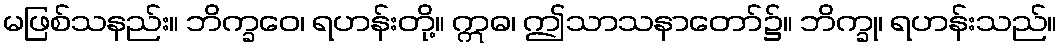
မဖြစ်သနည်း။ ဘိက္ခဝေ၊ ရဟန်းတို့။ ဣဓ၊ ဤသာသနာတော်၌။ ဘိက္ခု၊ ရဟန်းသည်။